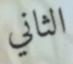
الثاني